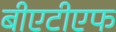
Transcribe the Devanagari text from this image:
बीएटीएफ